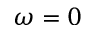
\omega = 0